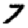
Digit: 7